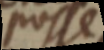
posse